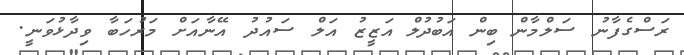
ރަސްގެފާނު ސަލްމާން ބިން އަބުދުލް އަޒީޒު އަލް ސައުދު އޭނާއަށް މަރުހަބާ ވިދާޅުވަނީ.